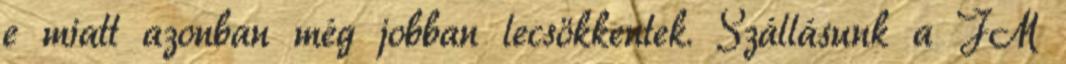
e miatt azonban még jobban lecsökkentek. Szállásunk a JM